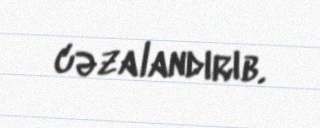
cəzalandırıb.